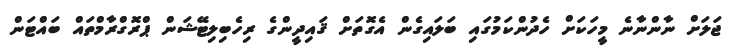
ޖަލަށް ނާންނާނެ މީހަކަށް ހެދުންކަމުގައި ބަލައިގެން އެގޮތަށް ޤައިދީންގެ ރިހެބިލިޓޭޝަން ޕްރޮގްރާމްތައް ބައްޓަން